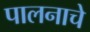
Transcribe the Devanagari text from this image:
पालनाचे